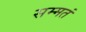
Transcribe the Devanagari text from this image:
सम्मतं